Eesti_Ajutise_Maavalitsuse_haridusosakond, lk 52
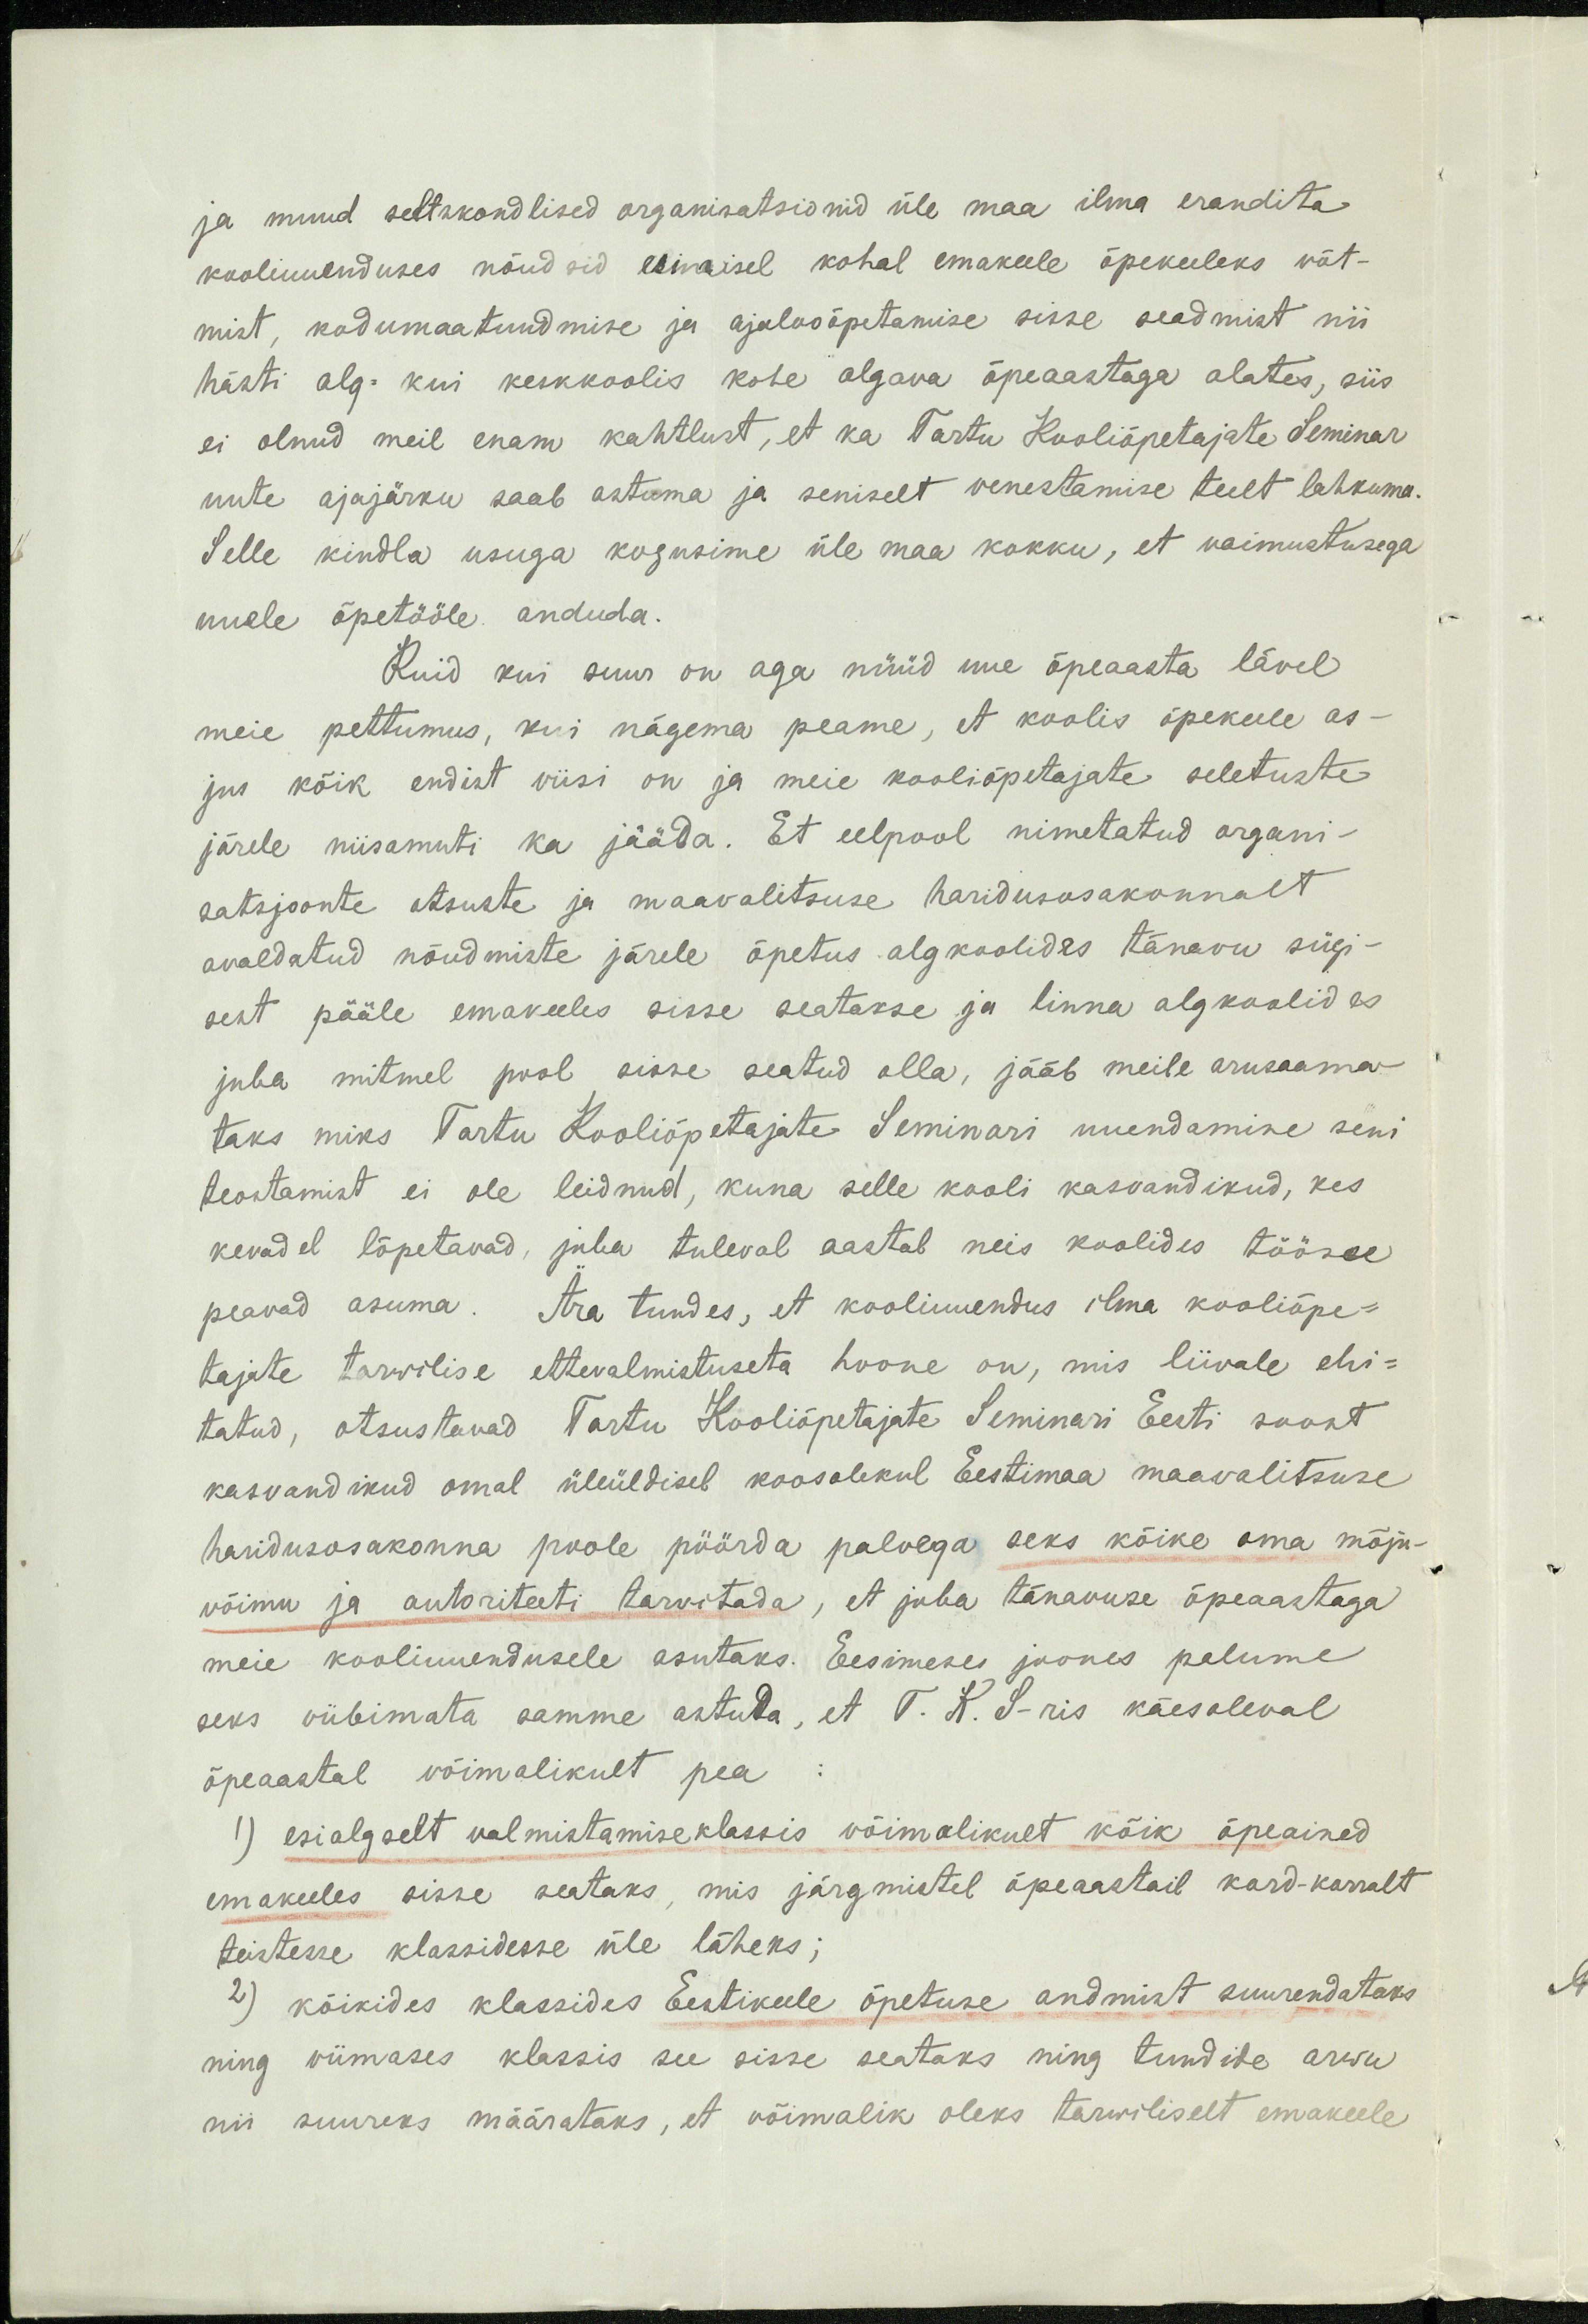
ja muud seltskondlised organisatsionid üle maa ilma erandita
kooliuuenduses nõudsid esimisel kohal emakeele õpekeeleks võt-
mist, kodumaatundmise ja ajalooõpetamise sisse seadmist nii
hästi alg- kui keskkoolis kohe algava õpeaastaga alates, siis
ei olnud meil enam kahtlust, et ka Tartu Kooliõpetajate Seminar
uute ajajärku saab astuma ja seniselt venestamise teelt lahkuma.
Selle kindla usuga kogusime üle maa kokku, et vaimustusega
uuele õpetööle anduda.
Kuid kui suur on aga nüüd uue õpeaasta lävel
meie pettumus, kui nägema peame, et koolis õpekeele as-
jus kõik endist viisi on ja meie kooliõpetajate seletuste
järele niisamuti ka jääda. Et eelpool nimetatud organi-
satsjoonte otsuste ja maavalitsuse haridusosakonnalt
avaldatud nõudmiste järele õpetus algkoolides tänavu sügi-
sest pääle emakeeles sisse seatakse ja linna algkoolides
juba mitmel pool sisse seatud olla, jääb meile arusaama-
taks miks Tartu Kooliõpetajate Seminari uuendamine seni
teostamist ei ole leidnud, kuna selle kooli kasvandikud, kes
kevadel lõpetavad, juba tuleval aastal neis koolides tööse
peavad asuma. Ära tundes, et kooliuuendus ilma kooliõpe-
tajate tarwilise ettevalmistuseta hoone on, mis liivale ehi-
tatud, otsustavad Tartu Kooliõpetajate Seminari Eesti soost
kasvandikud omal üleüldisel koosolekul Eestimaa maavalitsuse
haridusosakonna poole pöörda palvega seks kõike oma mõju-
võimu ja autoriteeti tarvitada, et juba tänavuse õpeaastaga
meie kooliuuendusele asutaks. Eesimeses joones palume
seks viibimata samme astuda, et T. K. S.-ris käesoleval
õpeaastal võimalikult pea
1) esialgselt valmistamise klassis võimalikult kõik õpeained
emakeeles sisse seataks, mis järgmistel õpeaastail kord-korralt
teistesse klassidesse üle läheks;
2) kõikides klassides Eestikeele õpetuse andmist suurendataks
ning viimases klassis see sisse seataks ning tundide arwu
nii suureks määrataks, et võimalik oleks tarwiliselt emakeele